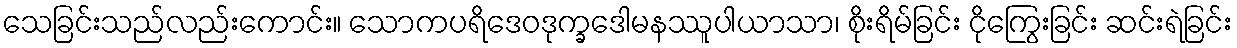
သေခြင်းသည်လည်းကောင်း။ သောကပရိဒေဝဒုက္ခဒေါမနဿူပါယာသာ၊ စိုးရိမ်ခြင်း ငိုကြွေးခြင်း ဆင်းရဲခြင်း